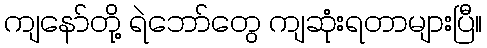
ကျနော်တို့ ရဲဘော်တွေ ကျဆုံးရတာများပြီ။